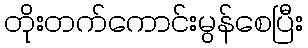
တိုးတက်ကောင်းမွန်စေပြီး